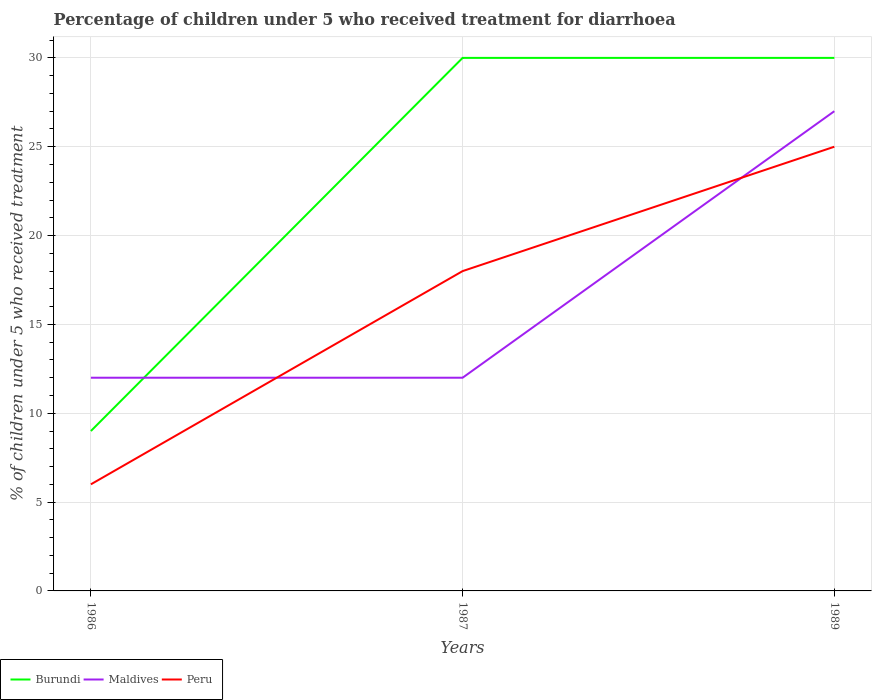
| Years | Burundi | Maldives | Peru |
 | --- | --- | --- | --- |
 | 1986 | 9 | 12 | 6 |
 | 1987 | 30 | 12 | 18 |
 | 1989 | 30 | 27 | 25 |